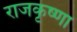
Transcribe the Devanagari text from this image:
राजकृष्णा